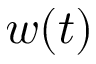
w ( t )